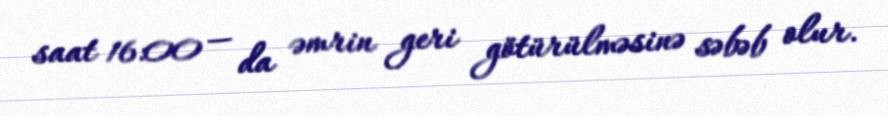
saat 16:00 — da əmrin geri götürülməsinə səbəb olur.